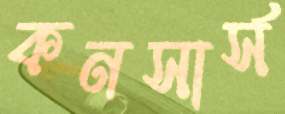
কনসার্স